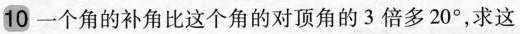
10一个角的补角比这个角的对顶角的3倍多20°，求这